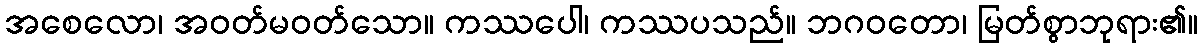
အစေလော၊ အဝတ်မဝတ်သော။ ကဿပေါ၊ ကဿပသည်။ ဘဂဝတော၊ မြတ်စွာဘုရား၏။